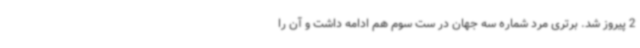
2 پیروز شد. برتری مرد شماره سه جهان در ست سوم هم ادامه داشت و آن را